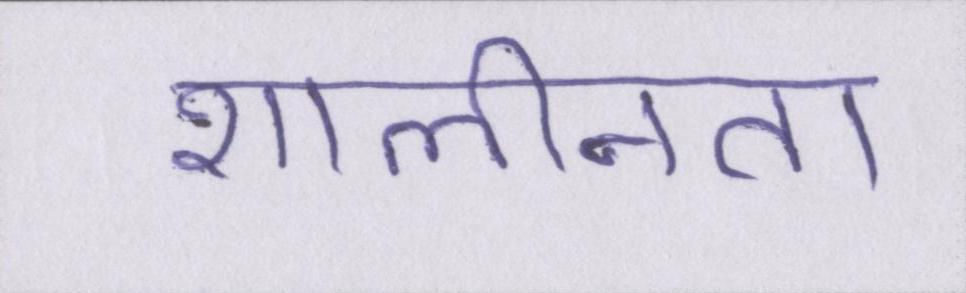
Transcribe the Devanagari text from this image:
शालीनता